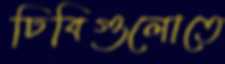
ঢিবিগুলোতে